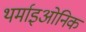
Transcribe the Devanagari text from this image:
थर्माइओनिक